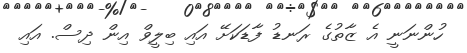
ހުންނަނީ އެ ޒާތުގެ ރަނޑު ފާޑަކަށޭ އައި ބިލީވް އިން ދިސް. އައި